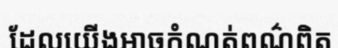
ដែលយើងអាចកំណត់ពណ៌ពិត